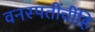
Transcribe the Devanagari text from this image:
वनस्पतींचींहि